system: You are a helpful assistant.
user:
Analyze the provided spectrum to determine if it is a **M-type Giant (gM)**.

A M-type Giant spectrum is defined by its **strong molecular absorption** features, particularly from **Titanium Oxide (TiO)**. You must check for one of the following mutually exclusive signatures:

- **Key Visual Indicators (Absorption-Dominated Spectrum):**

    - **(Primary):** The spectrum is dominated by strong molecular absorption from **Titanium Oxide (TiO)**. This is the **defining feature** of its M-type temperature class.
        - **(Key Bandheads):** Look for sharp, "saw-tooth" absorption valleys. The strongest are located near **~7050 Å**, **~6160 Å**, and **~5170 Å**.
        - **(Line Profile):** The "saw-tooth" morphology is critical: a **sharp, steep drop on the BLUE (short-wavelength) side** of the bandhead, followed by a gradual recovery (rising flux) towards the RED (long-wavelength) side.

    - **(Key Confirmation - Giant vs. Dwarf):** **ABSENCE** of strong **Calcium Hydride (CaH)** molecular bands. This is the primary diagnostic for *excluding* M-dwarfs.
        - **(Key Region):** The spectrum should lack the strong, broad absorption band seen in dwarfs between **~6800 Å and ~7000 Å**.

    - **(Secondary Confirmation - Giant):** A very strong and broad **Neutral Calcium (Ca I)** atomic absorption line.
        - **(Key Line):** Located at **~4226 Å**. In a giant (gM), this line is significantly deeper and broader than the same line in an M-dwarf (dM) due to low surface gravity.

    - **(Overall Spectrum):**
        - The continuum is **extremely red-sloping** (i.e., flux is very low in the blue and rises dramatically towards the red).
        - The entire spectrum appears "chopped up" by the deep TiO bands.

Think first, call **spectral_visualization_tool** if needed to examine features in detail, then provide your final answer. Your response must adhere to the following strict rules:
1.  **Overall Structure:** Your response must follow the format `<think>...</think> <tool_call>...</tool_call> (if a tool is used) <answer>...</answer>`.
2.  **Tool Usage Constraint:** You may only make **one** tool call per turn.
3.  **Final Answer Format:** In the `<answer>` tag, your conclusion must be inside a `\boxed{}` command (e.g., `\boxed{YES}` or `\boxed{NO}`), followed by your justification.

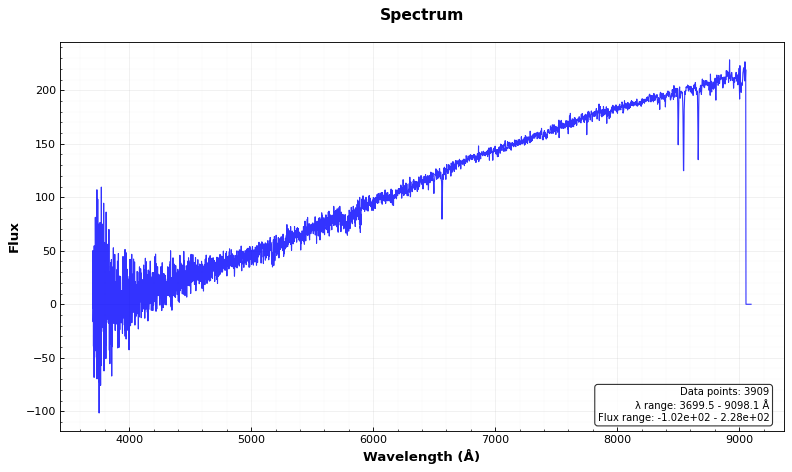
Answer: NO